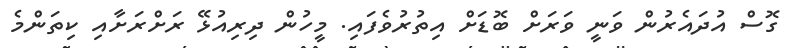
ގޮސް އުދައެރުން ވަނީ ވަރަށް ބޮޑަށް އިތުރުވެފައި. މީހުން ދިރިއުޅޭ ރަށްރަށާއި ކިތަންމެ